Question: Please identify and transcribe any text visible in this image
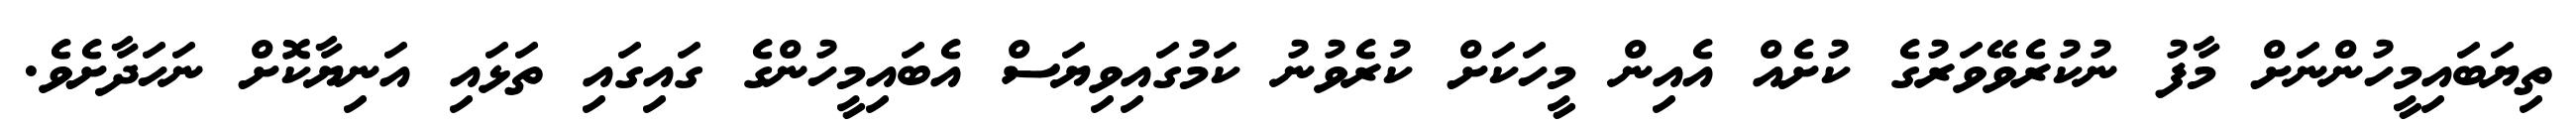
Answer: ތިޔަބައިމީހުންނަށް މާފު ނުކުރެވޭވަރުގެ ކުށެއް އެއިން މީހަކަށް ކުރެވުނު ކަމުގައިވިޔަސް އެބައިމީހުންގެ ގައިގައި ތަޅައި އަނިޔާކޮށް ނަހަދާށެވެ.